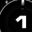
Digit: 1